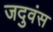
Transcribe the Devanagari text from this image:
जदुवंस